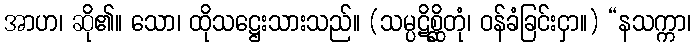
အာဟ၊ ဆို၏။ သော၊ ထိုသဋ္ဌေးသားသည်။ (သမ္ပဋိစ္ဆိတုံ၊ ဝန်ခံခြင်းငှာ။) “နသက္ကာ၊